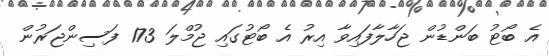
އެ ބޯޓު ބަންޑުން ޖަހާލާފައިވާ އިރު އެ ބޯޓުގައި ޖުމްލަ 173 ފަސިންޖަރުން